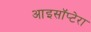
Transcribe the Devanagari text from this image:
आइसॉप्टेरा